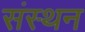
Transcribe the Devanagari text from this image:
संस्थन